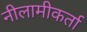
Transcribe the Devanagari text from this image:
नीलामीकर्ता